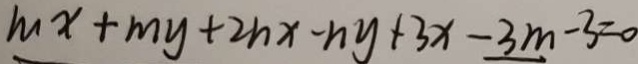
m x + m y + 2 n x - n y + 3 x - 3 m - 3 = 0